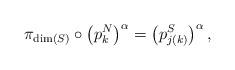
LaTeX: \begin{align*}\pi _{\mathrm{\dim }\left( S\right) }\circ \left( p_{k}^{N}\right) ^{\alpha}=\left( p_{j\left( k\right) }^{S}\right) ^{\alpha }, \end{align*}